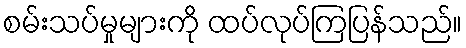
စမ်းသပ်မှုများကို ထပ်လုပ်ကြပြန်သည်။